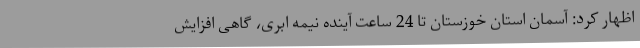
اظهار کرد: آسمان استان خوزستان تا 24 ساعت آینده نیمه ابری، گاهی افزایش